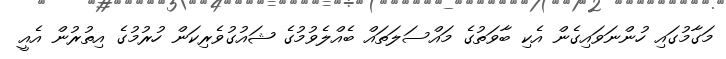
މަގާމުގައި ހުންނަވައިގެން އެކި ބާވަތުގެ މައްސަލަތައް ބެއްލެވުމުގެ ޝައުގުވެރިކަން ހުރުމުގެ އިތުރުން އެއީ